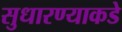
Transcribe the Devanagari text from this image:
सुधारण्याकडे